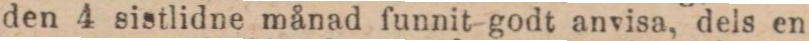
den 4 sistlidne månad funnit godt anvisa, dels en